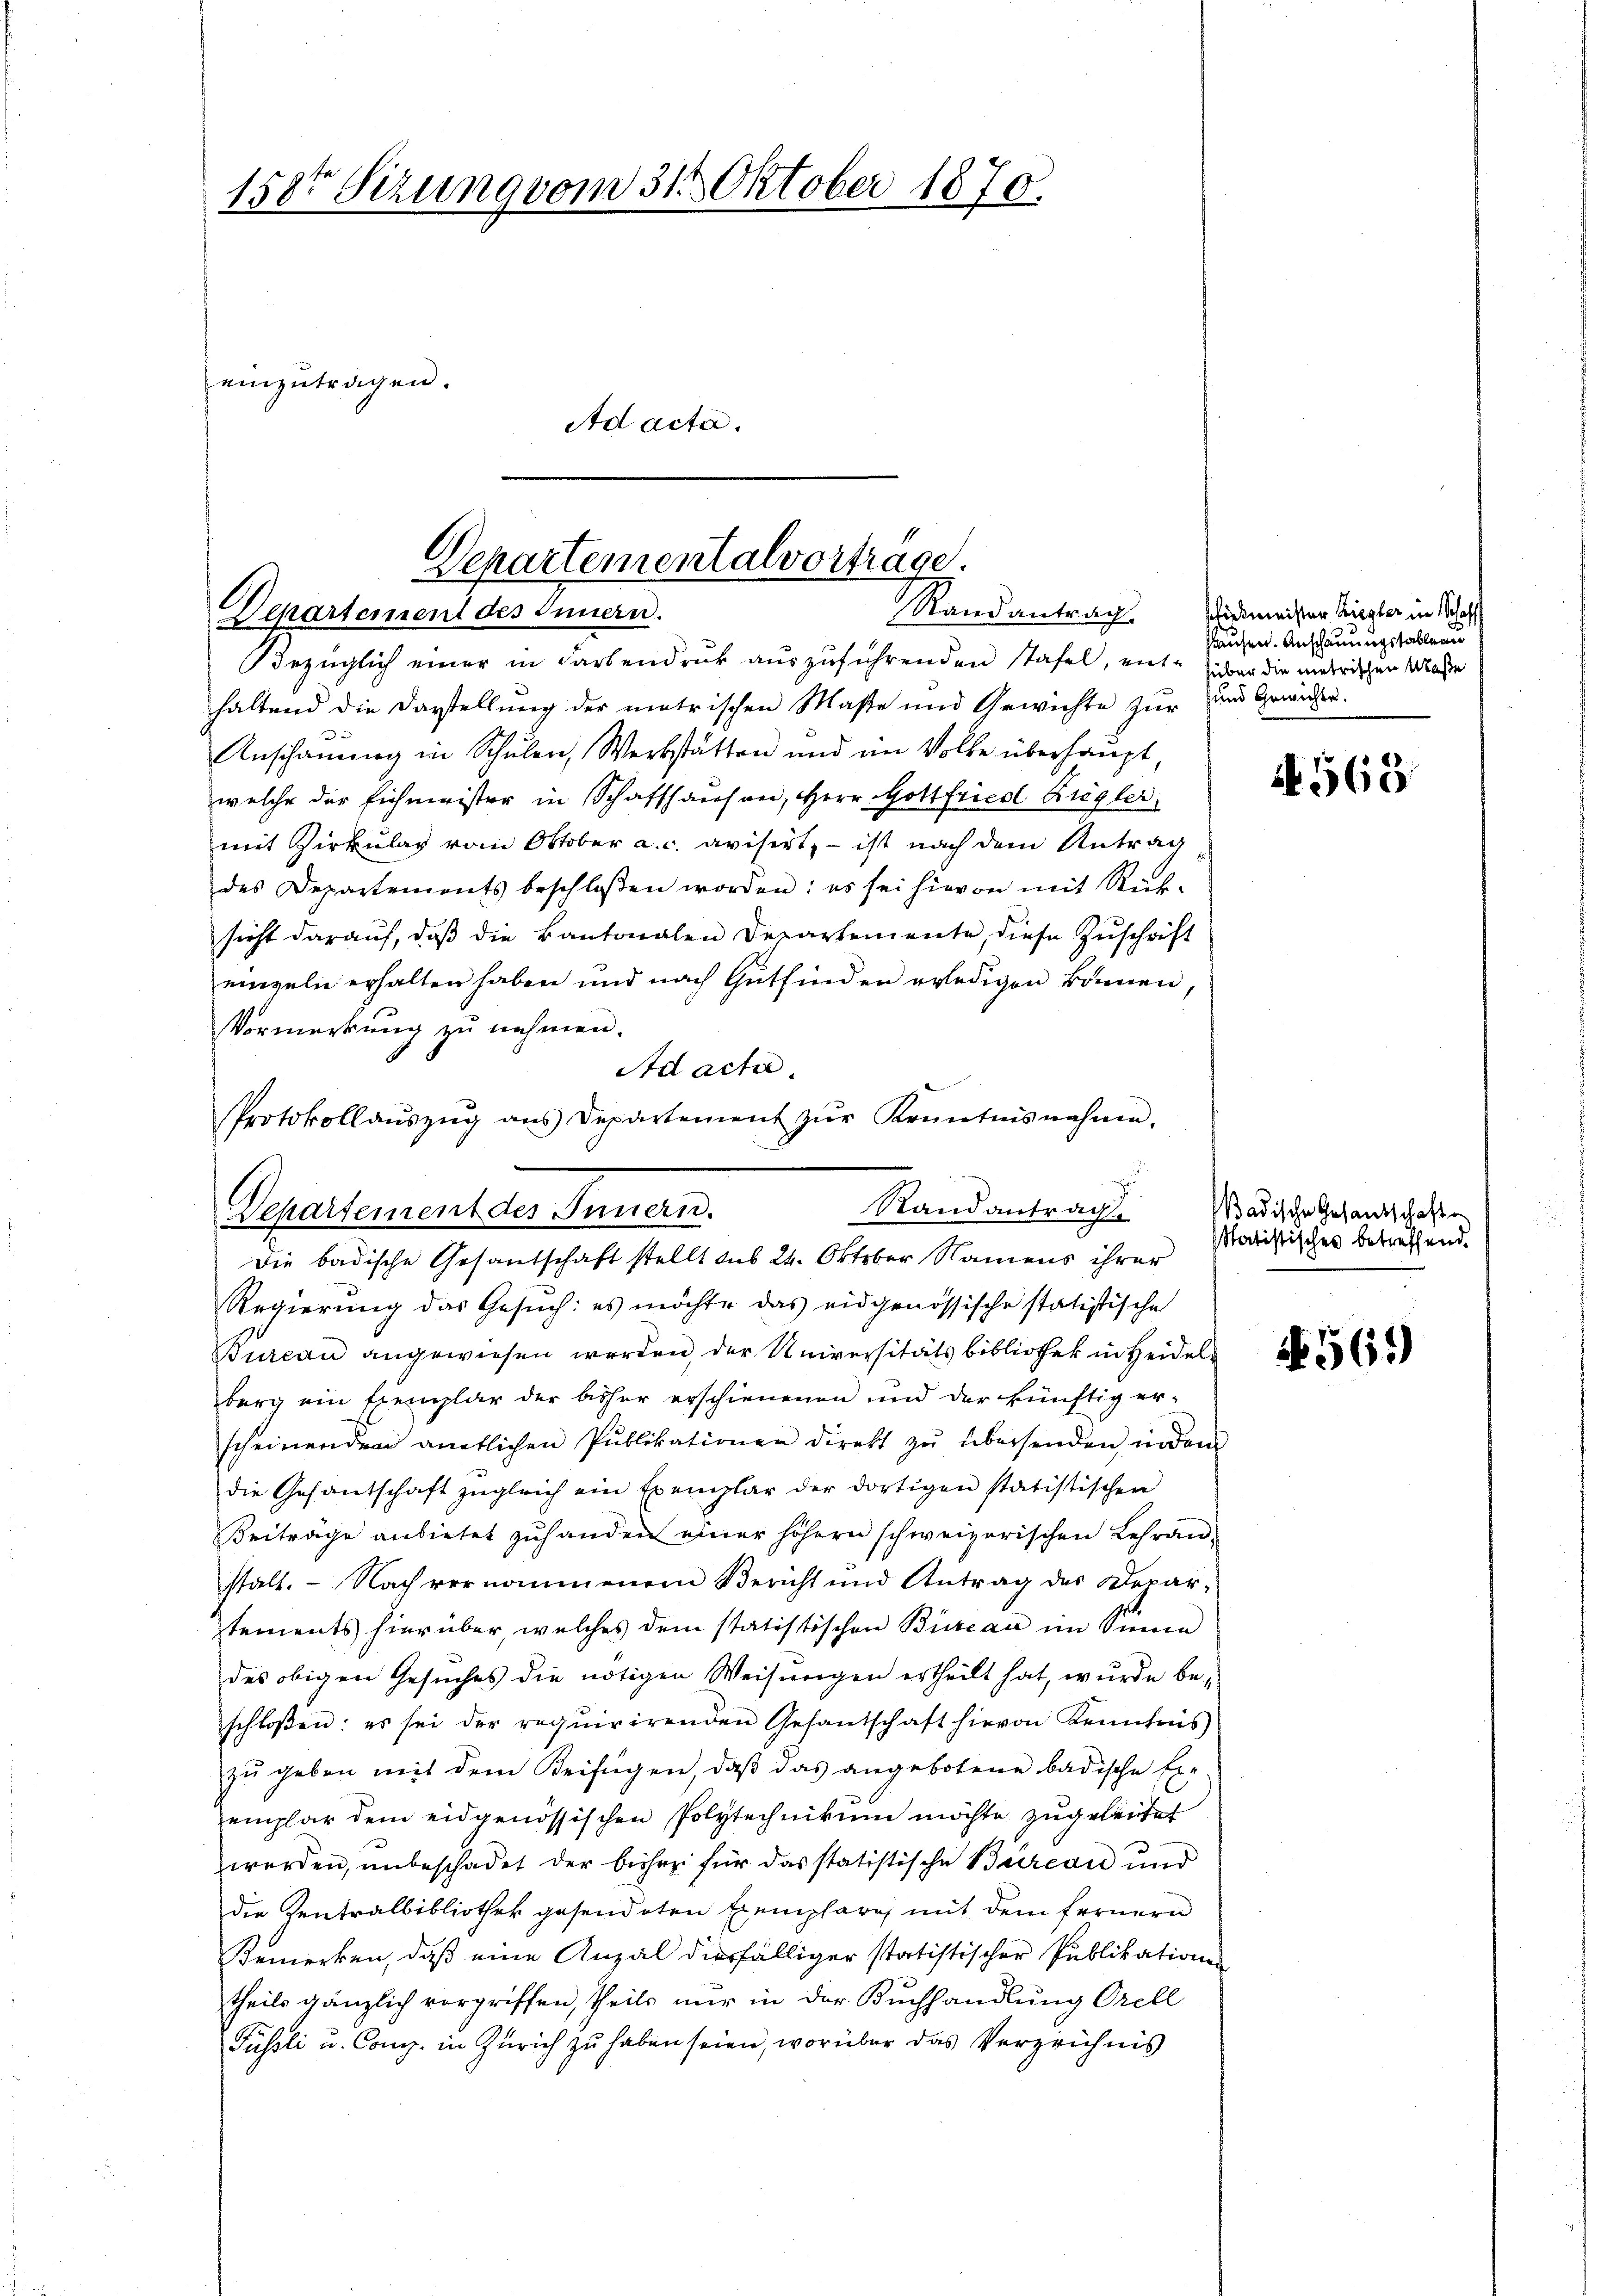
158te Sitzung vom 31. Oktober 1870.

einzutragen.
Ad acta.

Departementalvortrage.
Randantrag
Departement des Innern.

Bezüglich einer in Farbendruck auszuführenden stafel, ent- über die metrischen Klasse
haltend die Darstellung der metrischen Maße und Gewichte zur und Gewider-
Anschauung in Schulen, Werkstätten und im Volke überhaupt,
welche der Eichmeister in Schaffhausen, Herr Gottfriedl Ziegler
mit Zirkulag vom Oktober a. c. avisirt, – ist nach dem Antrag
des Departements beschlossen worden: es sei hievon mit Rück-
sicht darauf, daß die Kantonalen Departemente, diese Zuschrift
einzeln erhalten haben und nach Gutfinden erledigen können,
Vormerkung zu nehmen.
Ad acte
Protokollaŭszŭg ans Departement zŭr Kenntnisnahmen.

.
Rand antrage
Departement des Innern.
dDie badische Gesandschaft stellt aus 24. Oktober Namens ihrer

Regierung das Gesuch: es möchte das eidgenössische statistische
Bureau angewiesen werden, der Universitätsbibliothek in Heidel
berg ein Exemplar der bisher erschienenen und der künftig er-
scheinenden amtlichen Publikationen direkt zŭ übersenden indem
die Gesantschaft zŭgleich ein Exemplar der dortigen statistischen
Beiträge anbietet zuhanden einer höhern schweizerischen Lehranstalt. - Nach vernommenem Bericht und Antrag des Depar-
tements hierüber, welches dem statistischen Büreau im Sinne
des obigen Gesuches die nötigen Weisungen ertheilt hat, wurde beschloßen: es sei der requirirenden Gesantschaft hievon Kenntnis
zŭ geben mit dem Beifügen, daβ das angebotene badische Er-
emplar dem eidgenössischen Polytechnikum möchte zugeleitet
werden, unbeschadet der bisher für das statistische Büreau und
die Zentralbibliothek gesendeten Exemplare, mit dem fernern
Bemerken, daß eine Anzal diesfälliger statistischer Publikation
theils gänzlich vorgriffen, theils nur in der Buchhandlung Orell
Füssli u. Comp. in Zürich zu haben seien, worüber das Verzeichnis

Wiedmeister Ziegler in Schaff
Pausen. Anschauungstableau

N 563

Badische Gesandtschafte
Satistisches betreffend.

569)